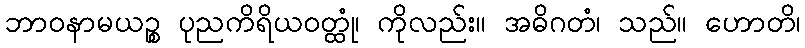
ဘာဝနာမယဉ္စ ပုညကိရိယဝတ္ထုံ၊ ကိုလည်း။ အဓိဂတံ၊ သည်။ ဟောတိ၊